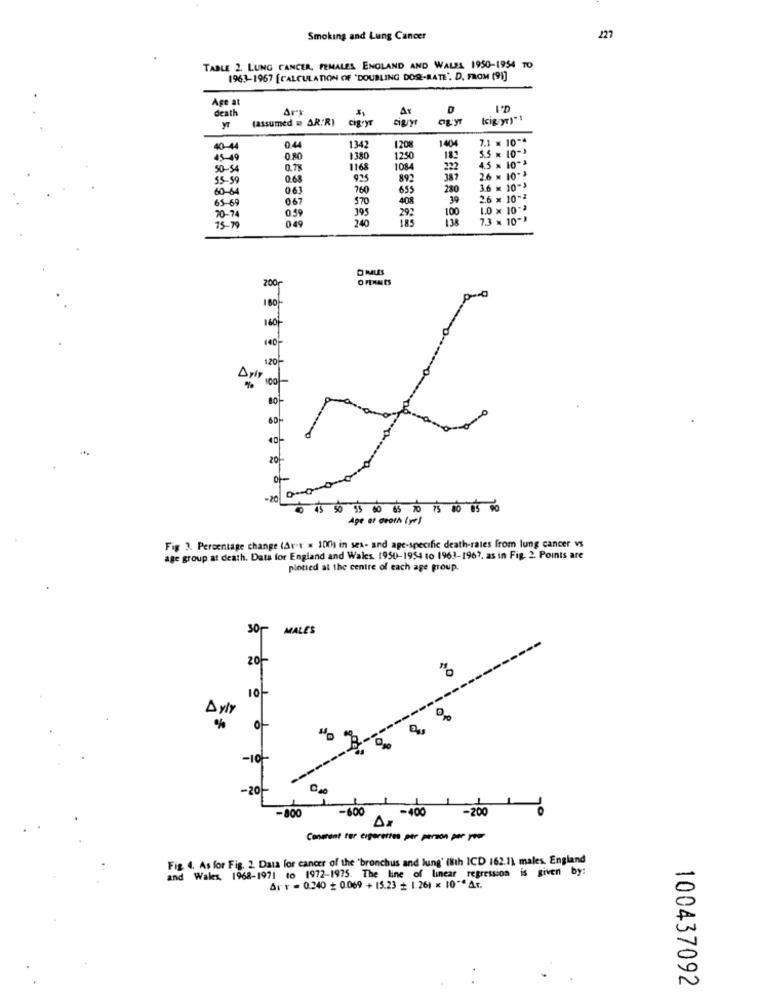
Smoking and Lung Cancer
227
TABLE 2. LUNG CANCER, FEMALES ENGLAND AND WALES 1950-1954 TO
1963-1967 [CALCULATION OF "DOUBLING DOS-RATE'. D. FROM (91]
Age at
death
D
(assumed m AR.R)
cig.yr
city
(cig yr)"!
140
7.1 × 10 **
40-44
0.44
1342
1208
5.5 x 10-3
45-49
0.80
1380
1250
18
4.5 x 10*3
50-54
0.78
1168
1084
222
55-59
0.68
925
892
387
2.6 x 10-3
60-64
0.63
760
655
280
3.6 × 10-3
65-69
067
$70
408
39
2.6 x 10 **
0,59
395
292
100
1.0 x 10">
70-74
049
240
185
7.3 x 10-)
75-79
200
O FEMMES
100-
140%
140
Arir
17 00-
00-
40-
20
of
-20
Age of death ( pe)
Fig 3. Percentage change (Aver = 100) in sex- and age-specific death-rates from lung cancer vs
age group at death. Data for England and Wales 1950-1954 to 1963-1967, as in Fig. 2. Points are
plotted at the centre of each age group.
30 MALES
20
10
Dyly
%
O
-10-
-20
-600
-400
-200
-800
Dr
Conment for cigarettes per person per your
Fig. 4. As for Fig. 2. Data for cancer of the 'bronchus and lung' (8th ICD 162.1) males, England
and Wales, 1968-1971 to 1972-1975. The line of linear regression is given by:
Ar v = 0.240 + 0.069 + 15.23 + 1.261 x 10"*Ar.
100437092